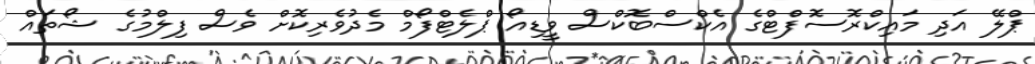
ޕްލޭ އަދި މައިކްރޮސޮފްޓްގެ އެކްސްބޮކްސް ވީޑިއޯ ޕްލެޓްފޯމް މެދުވެރިކޮށް ވެސް ފިލްމުގެ ޝޯތައް